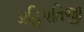
મહિપતિજી